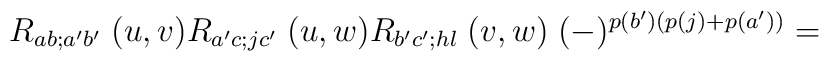
R_{ab;a'b'} \; (u,v) R_{a'c;j c'} \; (u,w)R_{b'c'; hl} \; (v,w) \;(-)^{p(b')(p(j) + p(a'))}=